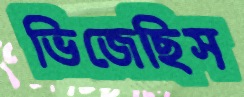
ভিজেছিস